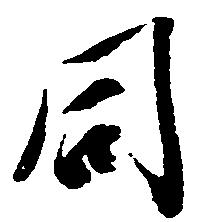
同